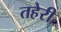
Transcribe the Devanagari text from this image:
तहेरी